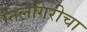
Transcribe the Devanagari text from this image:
निलगिरीचा